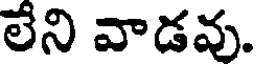
లేని వాడవు.